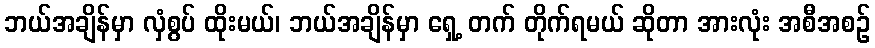
ဘယ်အချိန်မှာ လှံစွပ် ထိုးမယ်၊ ဘယ်အချိန်မှာ ရှေ့ တက် တိုက်ရမယ် ဆိုတာ အားလုံး အစီအစဉ်